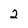
Character: 2